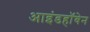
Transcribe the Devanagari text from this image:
आइंडहॉवेन